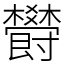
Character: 欎